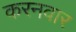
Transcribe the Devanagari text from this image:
करनवार